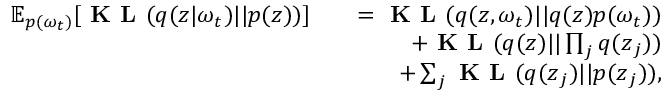
\begin{array} { r l r } { \mathbb { E } _ { p ( \omega _ { t } ) } [ \textbf { K L } ( q ( \boldsymbol { z } | \omega _ { t } ) | | p ( \boldsymbol { z } ) ) ] } & { } & { = \textbf { K L } ( q ( \boldsymbol { z } , \omega _ { t } ) | | q ( \boldsymbol { z } ) p ( \omega _ { t } ) ) } \\ & { } & { + \textbf { K L } ( q ( \boldsymbol { z } ) | | \prod _ { j } q ( \boldsymbol { z } _ { j } ) ) } \\ & { } & { + \sum _ { j } \textbf { K L } ( q ( \boldsymbol { z } _ { j } ) | | p ( \boldsymbol { z } _ { j } ) ) , } \end{array}